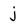
Character: j